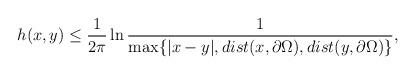
LaTeX: \begin{align*}h(x,y) \leq \frac{1}{2\pi}\ln \frac{1}{\max \{ |x-y|, dist(x,\partial \Omega),dist(y,\partial \Omega) \} },\end{align*}